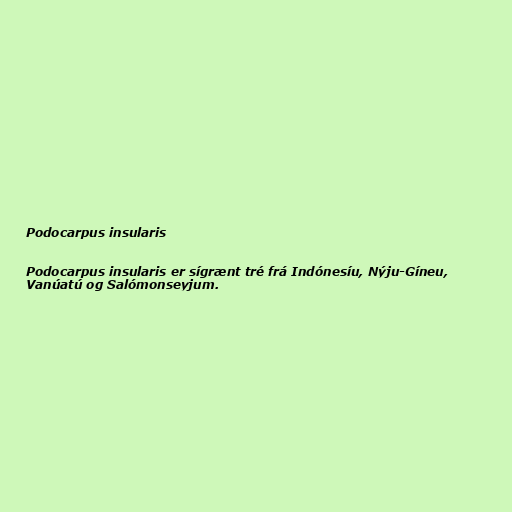
Podocarpus insularis

Podocarpus insularis er sígrænt tré frá Indónesíu, Nýju-Gíneu,
Vanúatú og Salómonseyjum.